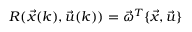
R ( \vec { x } ( k ) , \vec { u } ( k ) ) = \vec { \omega } ^ { T } \{ \vec { x } , \vec { u } \}